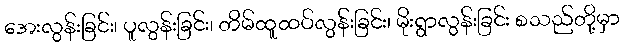
အေးလွန်းခြင်း၊ ပူလွန်းခြင်း၊ တိမ်ထူထပ်လွန်းခြင်း၊ မိုးရွာလွန်းခြင်း စသည်တို့မှာ